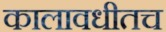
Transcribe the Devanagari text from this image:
कालावधीतच